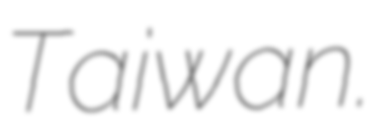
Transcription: Taiwan.